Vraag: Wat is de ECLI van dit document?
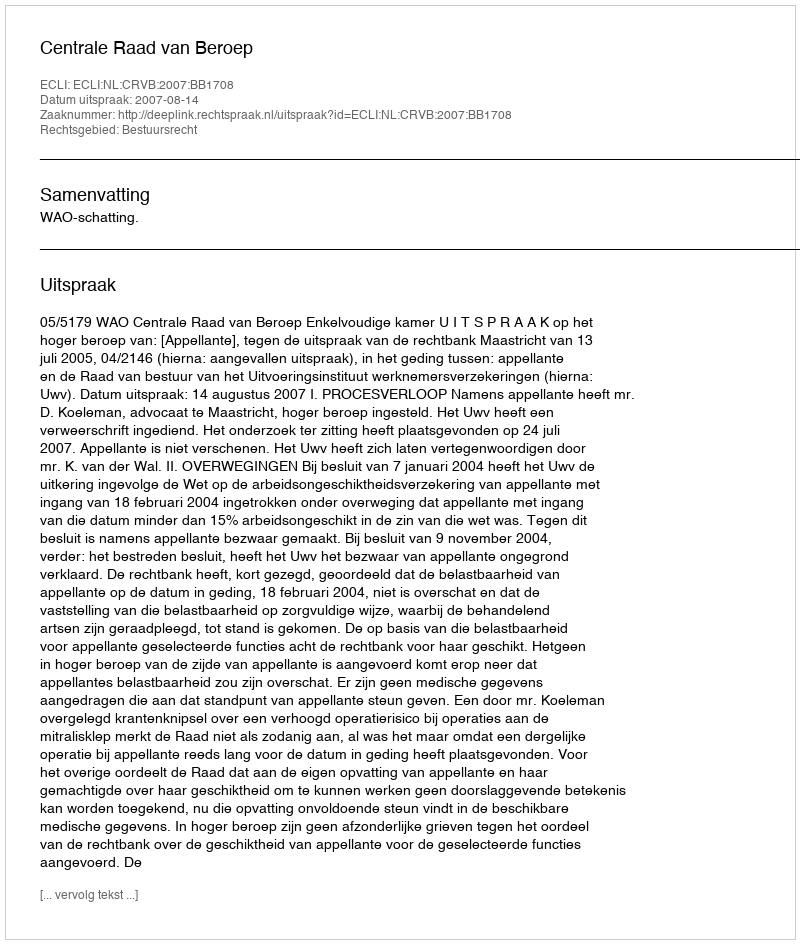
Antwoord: ECLI:NL:CRVB:2007:BB1708